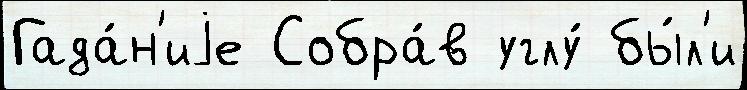
Гада́н'иjе Собра́в углу́ бы́л'и